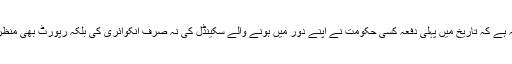
حکومتی بیانیہ ہے کہ تاریخ میں پہلی دفعہ کسی حکومت نے اپنے دور میں ہونے والے سکینڈل کی نہ صرف انکوائری کی بلکہ رپورٹ بھی منظر عام پر لائی۔